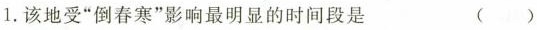
1.该地受”倒春寒”影响最明显的时间段是 ( )